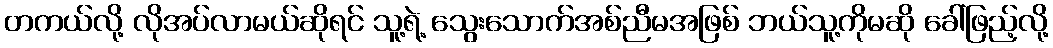
တကယ်လို့ လိုအပ်လာမယ်ဆိုရင် သူ့ရဲ့ သွေးသောက်အစ်ညီမအဖြစ် ဘယ်သူ့ကိုမဆို ခေါ်ဖြည့်လို့